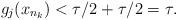
LaTeX: \begin{align*}g_{j}(x_{n_{k}})<\tau/2+\tau/2=\tau.\end{align*}